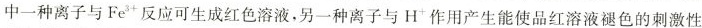
中一种离子与Fe^{3+}反应可生成红色溶液，另一种离子与H^{-}作用产生能使品红溶液褪色的刺激性